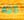
انه